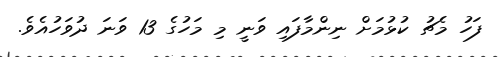
ފަހު މެޗު ކުޅުމަށް ނިންމާފައި ވަނީ މި މަހުގެ 13 ވަނަ ދުވަހުއެވެ.